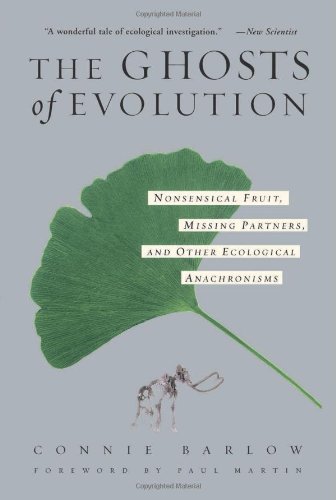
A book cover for The Ghosts Of Evolution: Nonsensical Fruit, Missing Partners, and Other Ecological Anachronisms; Connie Barlow; Science & Math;